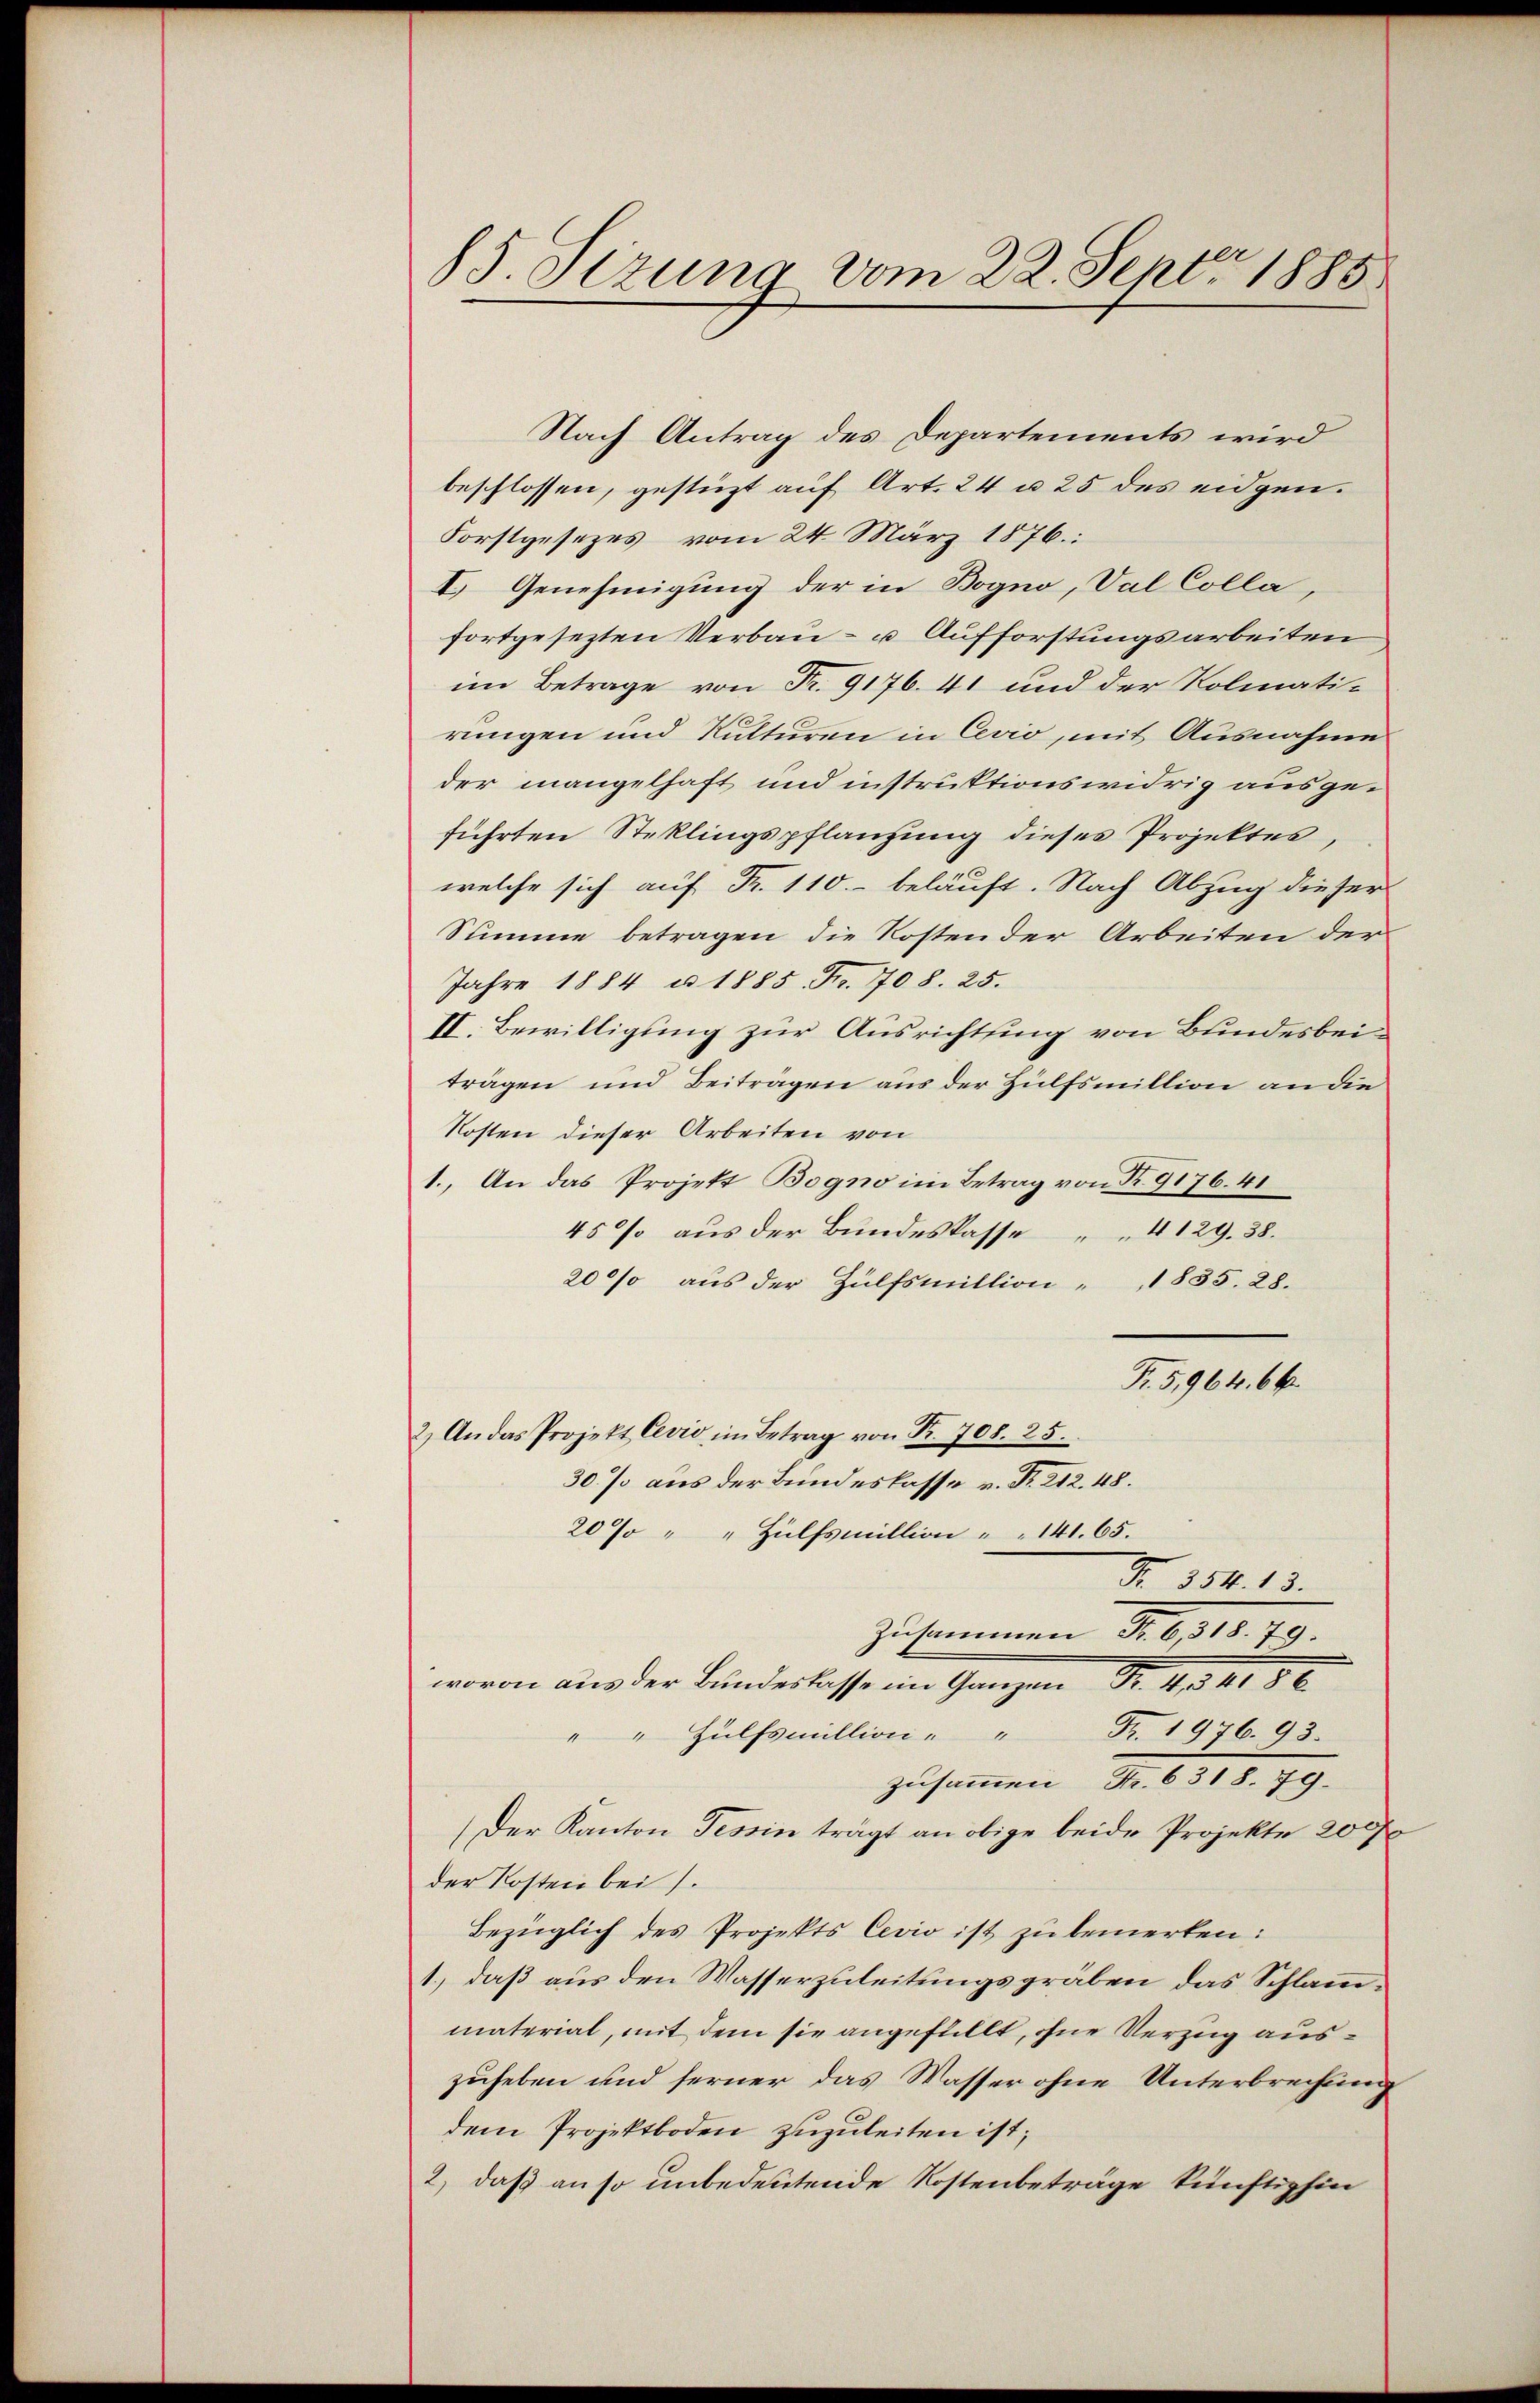
85. Sizung vom 22. Septr 1885

Nach Antrag des Departements wird
beschlossen, gestüzt auf Art. 24 u. 25 des eidgen.
Forstgesezes vom 24. März 1876:
I. Genehmigung der in Bogno, Val Colla,
fortgesezten Verbau- u. Aufforstungsarbeiten
im Betrage von Fr. 9176. 41 und der Kolmatirungen und Kulturen in Cevio, mit Ausnahme
der mangelhaft und instruktionswidrig ausgeführten Steklingspflanzung dieses Projektes,
welche sich auf Fr. 110.- beläuft. Nach Abzug dieser
Summe betragen die Kosten der Arbeiten der
Jahre 1884 u. 1885 Fr. 708. 25.
II. Bewilligung zur Ausrichtung von Bundesbeiträgen und Beitragen aus der Hülfsmillion an die
Kosten dieser Arbeiten von
1.. An das Projekt Bogno im Betrag von Nr. 9176. 41
45 aus der Bundeskasse 4129. 38.
20% aus der Hülfsmillion " 1835. 28.
Fr. 5,964. 66
2.) An das Projekt Cević im Betrag von Fr. 708. 25.
30% aus der Bundeslasse v. R. 212. 48.
20% " " Hülfsmillion " " 141. 65.
Nr. 354. 13.
zusammen S. 6118. 49.
wovon aus der Bunderlasse im Ganzen Fr. 4, 41 80
" Hülfsmillion " " Fr. 1976. 93.
1
zusammen S. 6318. 79.
(Der Kanton Tessin trägt an obige beide Projekte 200 f
der Kosten bei.
Bezüglich des Projekts Cevio ist zu bemerken:
1.) daß aus den Wasserzuleitungsgräben das Schlammaterial, mit dem sie angefüllt, ohne Verzug auszuheben und ferner das Wasser ohne Unterbrechung
dem Projektboden zuzuleiten ist,
2) daß an so unbedeutende Kostenbeträge künftighin